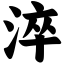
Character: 淬